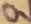
Text: 9